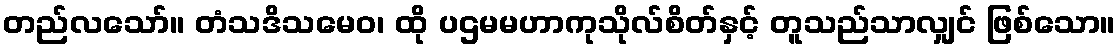
တည်လသော်။ တံသဒိသမေဝ၊ ထို ပဌမမဟာကုသိုလ်စိတ်နှင့် တူသည်သာလျှင် ဖြစ်သော။